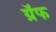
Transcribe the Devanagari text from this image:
ग्रॅफ